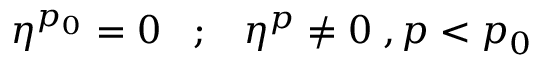
\eta ^ { p _ { 0 } } = 0 \; \; \; ; \; \; \; \eta ^ { p } \neq 0 \; , p < p _ { 0 }